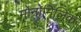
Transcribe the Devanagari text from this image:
मोनोमिलिक